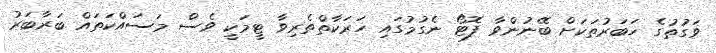
ވަގުތުގެ ޚަބަރުތަކަށް ބޭނުންވާ ފޮޓޯ ނެގުމުގައި ހަރަކާތްތެރިވާ ޓީމަކީ ވެސް މަސައްކަތައް ބަރާބަރު